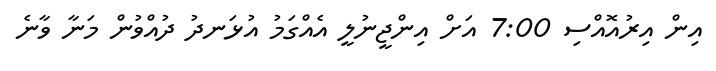
އިން އިރުއޮއްސި 7:00 އަށް އިންޖީނުލީ އެއްގަމު އުޅަނދު ދުއްވުން މަނާ ވާނެ